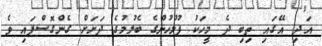
އަދި އޭގައި ތިބި ދެ މީހަކު ފުލުހުންގެ ބެލުމުގެ ދަށަށް ގެންގޮސްފައި ވެ